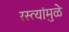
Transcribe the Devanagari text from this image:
रस्त्यांमुळे